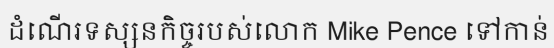
ដំណើរទស្សនកិច្ចរបស់លោក Mike Pence ទៅកាន់